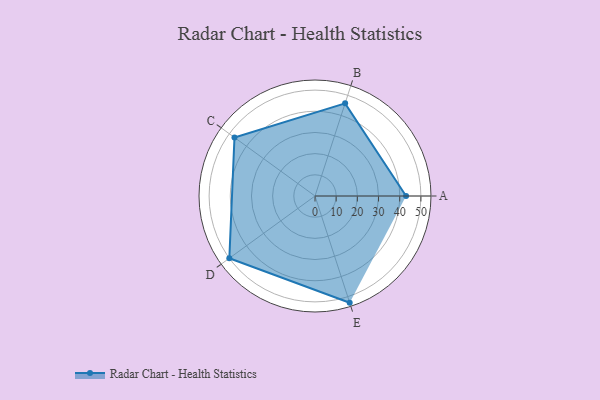
{"axis": {"x": "Skill", "y": "Score"}, "legend": ["Profile"], "data": [{"x": "A", "y": 43.0, "type": "Profile"}, {"x": "B", "y": 46.0, "type": "Profile"}, {"x": "C", "y": 47.0, "type": "Profile"}, {"x": "D", "y": 50.0, "type": "Profile"}, {"x": "E", "y": 53.0, "type": "Profile"}]}